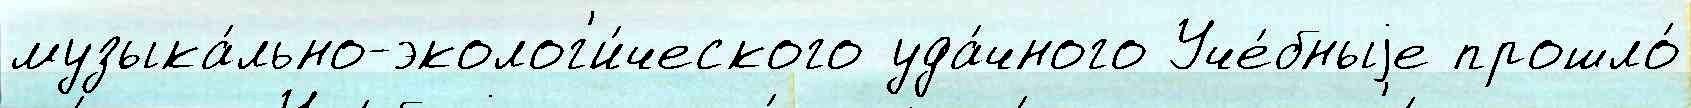
музыка́льно-эколог'и́ческого уда́чного Уче́бныjе прошло́